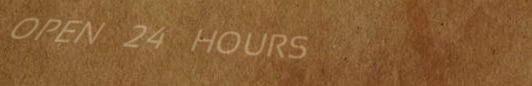
OPEN 24 HOURS